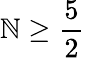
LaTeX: \mathbb{N}\geq\frac{5}{2}